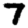
Digit: 7